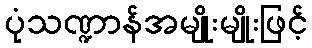
ပုံသဏ္ဍာန်အမျိုးမျိုးဖြင့်